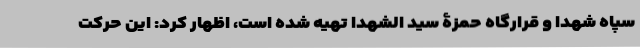
سپاه شهدا و قرارگاه حمزۀ سید الشهدا تهیه شده است، اظهار کرد: این حرکت